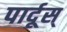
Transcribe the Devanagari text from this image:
पार्दूस्